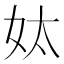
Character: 𡛕